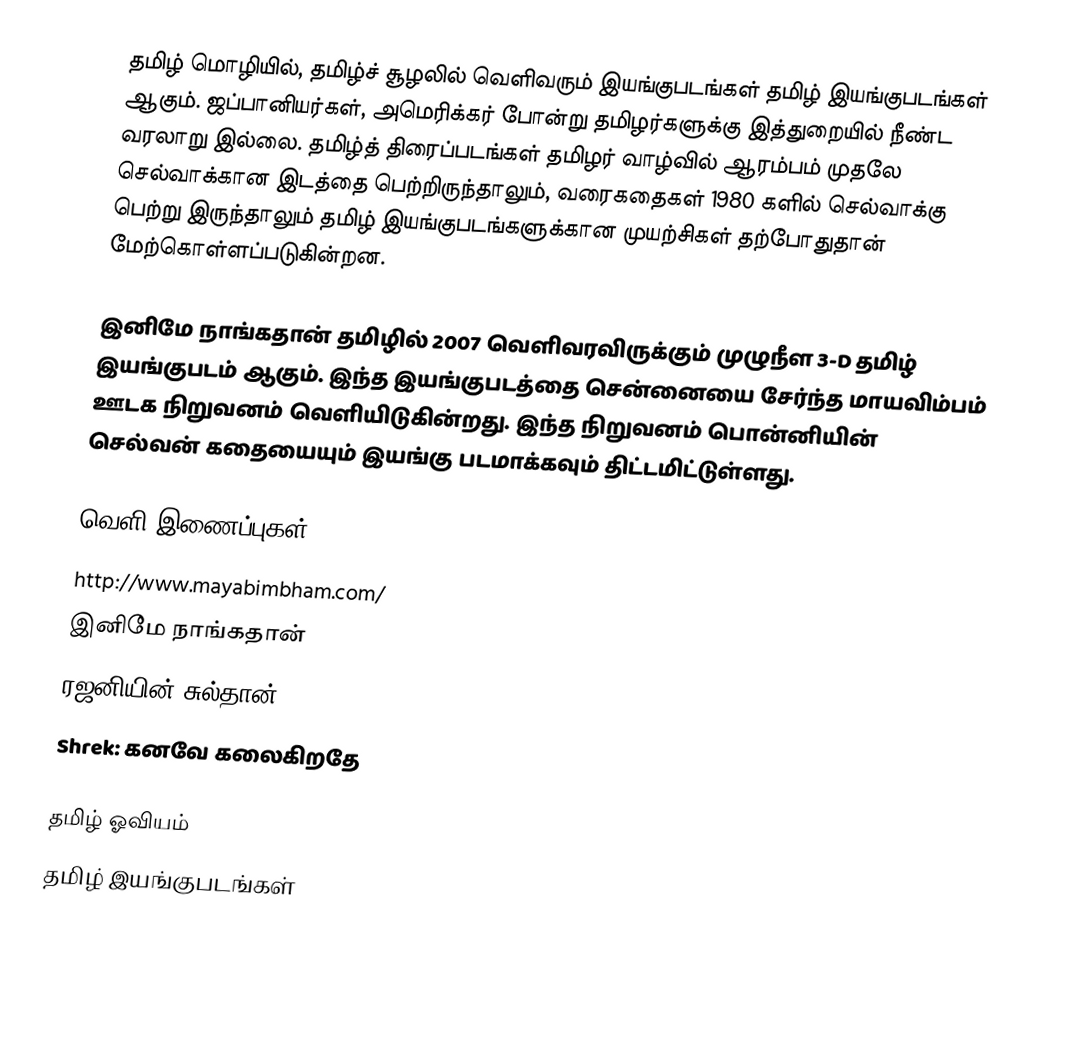
தமிழ் மொழியில், தமிழ்ச் சூழலில் வெளிவரும் இயங்குபடங்கள் தமிழ் இயங்குபடங்கள் ஆகும்.  ஜப்பானியர்கள், அமெரிக்கர் போன்று தமிழர்களுக்கு இத்துறையில் நீண்ட வரலாறு இல்லை.  தமிழ்த் திரைப்படங்கள் தமிழர் வாழ்வில் ஆரம்பம் முதலே செல்வாக்கான இடத்தை பெற்றிருந்தாலும், வரைகதைகள் 1980 களில் செல்வாக்கு பெற்று இருந்தாலும் தமிழ் இயங்குபடங்களுக்கான முயற்சிகள் தற்போதுதான் மேற்கொள்ளப்படுகின்றன.

இனிமே நாங்கதான் தமிழில் 2007 வெளிவரவிருக்கும் முழுநீள 3-D தமிழ் இயங்குபடம் ஆகும்.  இந்த இயங்குபடத்தை சென்னையை சேர்ந்த மாயவிம்பம் ஊடக நிறுவனம் வெளியிடுகின்றது.  இந்த நிறுவனம் பொன்னியின் செல்வன் கதையையும் இயங்கு படமாக்கவும் திட்டமிட்டுள்ளது.

வெளி இணைப்புகள்
 http://www.mayabimbham.com/
 இனிமே நாங்கதான்
 ரஜனியின் சுல்தான்
 Shrek: கனவே கலைகிறதே

தமிழ் ஓவியம்
தமிழ் இயங்குபடங்கள்